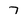
Character: 7